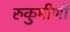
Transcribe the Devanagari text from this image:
रुकुमीणी